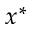
x ^ { * }